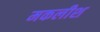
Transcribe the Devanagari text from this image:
मकलीश